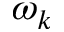
\omega _ { k }